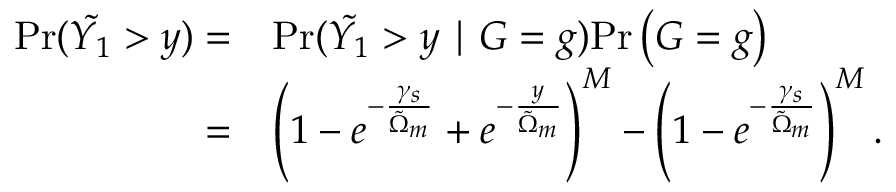
\begin{array} { r l } { \mathrm { P r } ( \tilde { Y _ { 1 } } > y ) = } & { \mathrm { P r } ( \tilde { Y _ { 1 } } > y \mid G = g ) \mathrm { P r } \left( G = g \right) } \\ { = } & { \left( 1 - e ^ { - \frac { \gamma _ { s } } { \tilde { \Omega } _ { m } } } + e ^ { - \frac { y } { \tilde { \Omega } _ { m } } } \right) ^ { M } - \left( 1 - e ^ { - \frac { \gamma _ { s } } { \tilde { \Omega } _ { m } } } \right) ^ { M } . } \end{array}